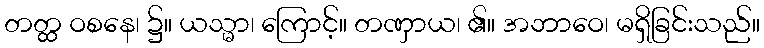
တတ္ထ ဝစနေ၊ ၌။ ယသ္မာ၊ ကြောင့်။ တဏှာယ၊ ၏။ အဘာဝေ၊ မရှိခြင်းသည်။